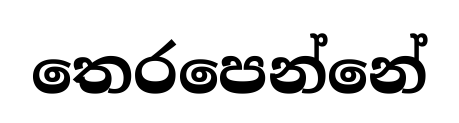
තෙරපෙන්නේ